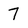
Character: 7